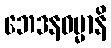
ဘေဒနဓမ္မာနိ